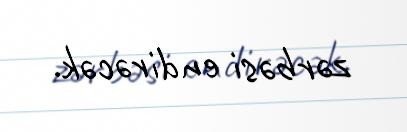
zərbəsi endirəcək.